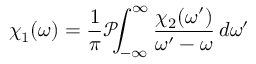
\chi _ { 1 } ( \omega ) = { \frac { 1 } { \pi } } { \mathcal { P } } \! \! \! \int _ { - \infty } ^ { \infty } { \frac { \chi _ { 2 } ( \omega ^ { \prime } ) } { \omega ^ { \prime } - \omega } } \, d \omega ^ { \prime }